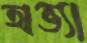
অভ্যা